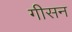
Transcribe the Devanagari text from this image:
गीसन